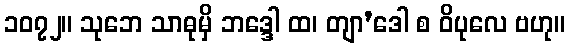
၁၀၇၂။ သုဘေ သာဓုမှိ ဘဒ္ဒေါ ထ၊ တျာ’ဒေါ စ ဝိပုလေ ဗဟု။